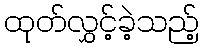
ထုတ်လွှင့်ခဲ့သည့်